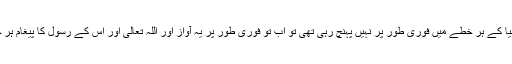
پہلے اگر خلیفۂ وقت کی آواز دنیا کے ہر خطے میں فوری طور پر نہیں پہنچ رہی تھی تو اب تو فوری طور پر یہ آواز اور اللہ تعالیٰ اور اُس کے رسول کا پیغام ہر جگہ فوری طور پر پہنچ رہا ہے۔